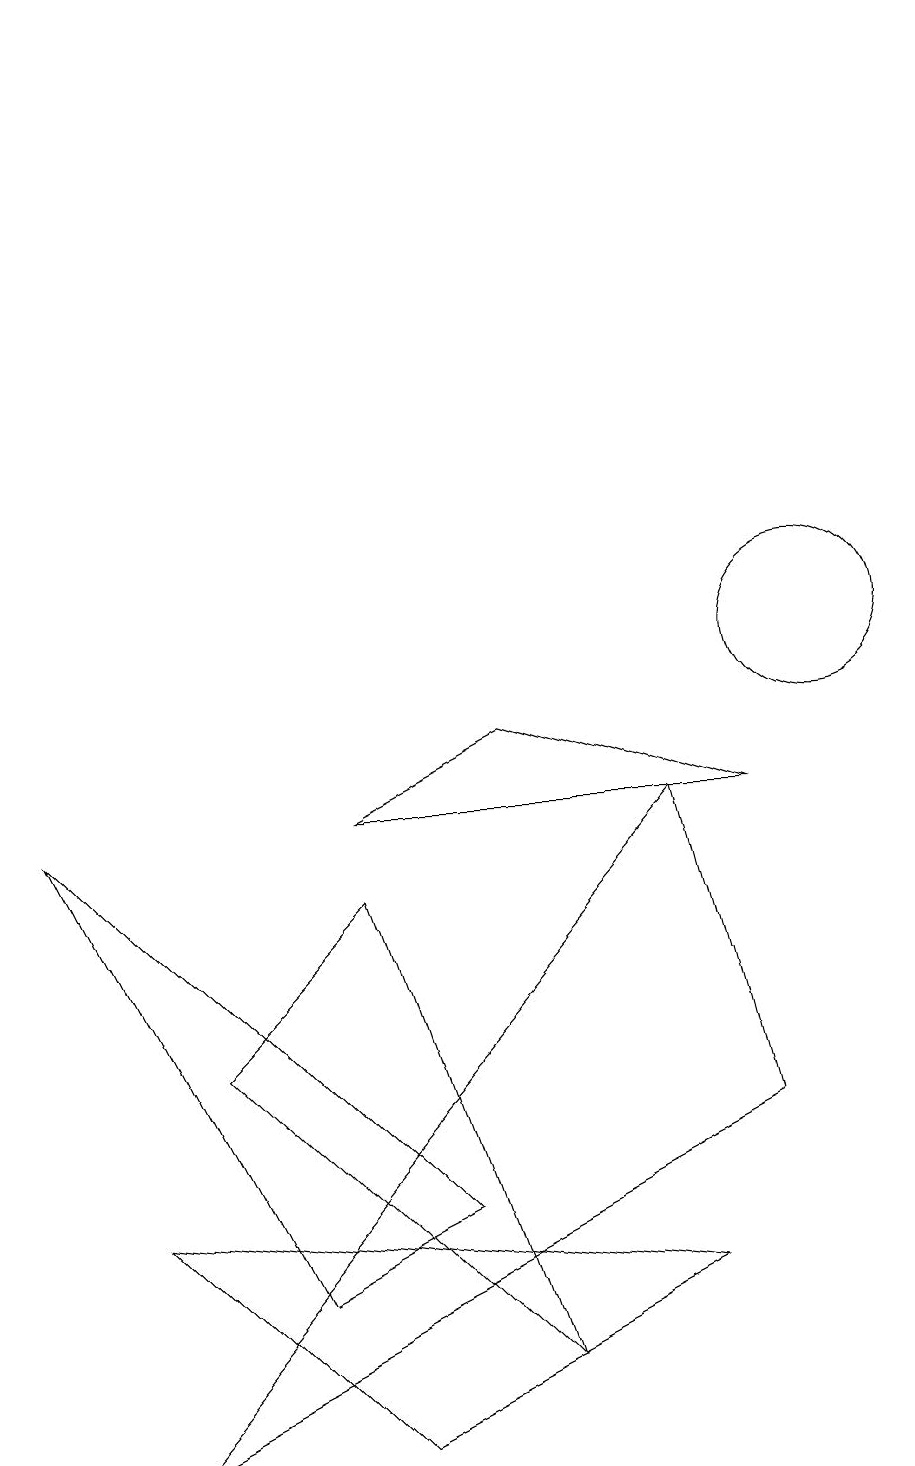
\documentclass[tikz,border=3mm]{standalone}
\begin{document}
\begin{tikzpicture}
\draw (1,0) -- (9,4) -- (8,8) -- cycle;
\draw (6,9) -- (9,8) -- (4,8) -- cycle;
\draw (3,2) -- (5,3) -- (0,8) -- cycle;
\draw (4,7) -- (6,1) -- (2,5) -- cycle;
\draw (10,10) circle (1);
\draw (4,0) -- (8,2) -- (1,3) -- cycle;
\draw (0,15) rectangle (0,18);
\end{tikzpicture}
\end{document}